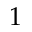
1